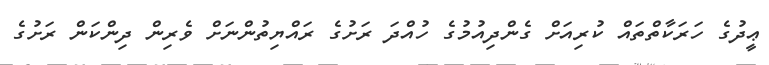
ޢީދުގެ ހަރަކާތްތައް ކުރިއަށް ގެންދިއުމުގެ ހުއްދަ ރަށުގެ ރައްޔިތުންނަށް ވެރިން ދިންކަން ރަށުގެ